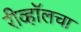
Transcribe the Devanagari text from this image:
रीव्हॉलचा